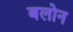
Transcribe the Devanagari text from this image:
बलोन